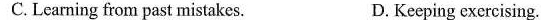
C.Learning from past mistakes. D. Keeping exercising.